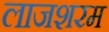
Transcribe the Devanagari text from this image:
लाजशरम